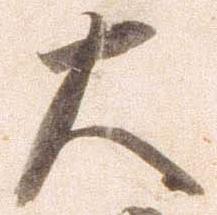
大